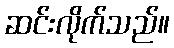
ဆင်းလိုက်သည်။